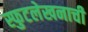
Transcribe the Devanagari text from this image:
स्फुटलेखनाची